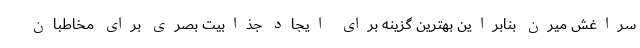
سراغش میرن بنابراین بهترین گزینه برای ایجاد جذابیت بصری برای مخاطبان